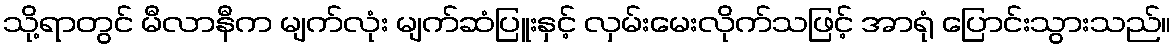
သို့ရာတွင် မီလာနီက မျက်လုံး မျက်ဆံပြူးနှင့် လှမ်းမေးလိုက်သဖြင့် အာရုံ ပြောင်းသွားသည်။